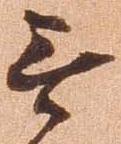
無